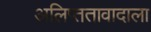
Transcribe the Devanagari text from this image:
अलिप्ततावादाला